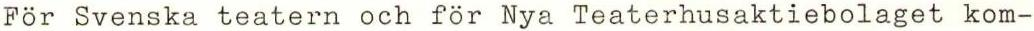
För Svenska teatern och för Nya Teaterhusaktiebolaget kom-